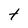
Character: t